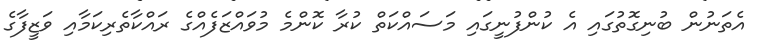
އެތަނުން ބުނިގޮތުގައި އެ ކުންފުނީގައި މަސައްކަތް ކުރާ ކޮންމެ މުވައްޒަފެއްގެ ރައްކާތެރިކަމާއި ވަޒީފާގެ